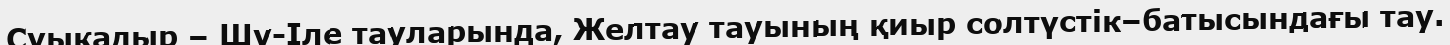
Суықадыр – Шу-Іле тауларында, Желтау тауының қиыр солтүстік–батысындағы тау.